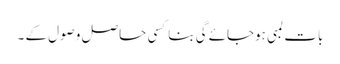
بات لمبی ہوجائے گی بناکسی حاصل وصول کے ۔